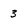
Character: 3